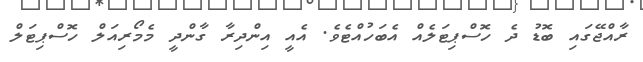
ރާއްޖޭގައި ބޮޑު ދެ ހޮސްޕިޓަލެއް އެބަހުއްޓެވެ. އެއީ އިންދިރާ ގާންދީ މެމޯރިއަލް ހޮސްޕިޓަލް